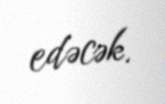
edəcək.